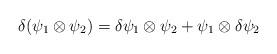
LaTeX: \begin{align*}\delta (\psi _{1}\otimes \psi _{2})=\delta \psi _{1}\otimes \psi _{2}+\psi_{1}\otimes \delta \psi _{2}\end{align*}